Annual administration report of the Civil Veterinary Department of India - 1896-1897
Year: 1896
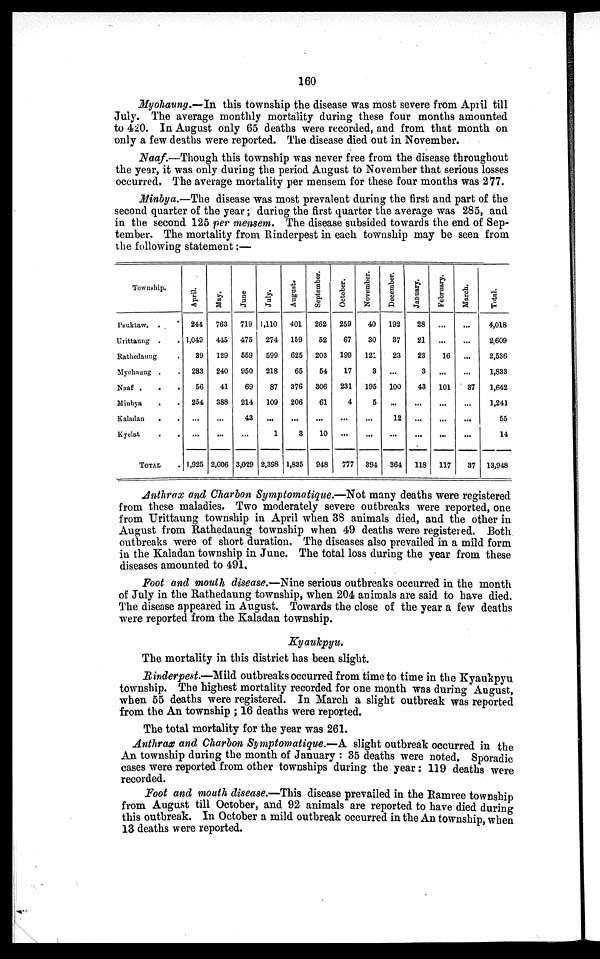
160
Myohaung.—In this township the disease was most severe from April till
July. The average monthly mortality during these four months amounted
to 420. In August only 65 deaths were recorded, and from that month on
only a few deaths were reported. The disease died out in November.
Naaf.—Though this township was never free from the disease throughout
the year, it was only during the period August to November that serious losses
occurred. The average mortality per mensem for these four months was 277.
Minbya.—The disease was most prevalent during the first and part of the
second quarter of the year; during the first quarter the average was 285, and
in the second 125 per mensem. The disease subsided towards the end of Sep-
tember. The mortality from Rinderpest in each township may be seen from
the following statement :—
Township.
Pauktaw. . .
Urittaung . .
Rathedaung .
Myohaung . .
Naaf . . .
Minbya . .
Kaladan
. .
Kyelat
.
.
TOTAL .
April.
244
1,049
39
283
56
254
...
...
1,925
May.
763
445
129
240
41
388
...
...
2,006
June
719
475
559
950
69
214
43
...
3,029
July.
1,110
274
599
218
87
109
...
1
2,398
August.
401
159
625
65
376
206
...
3
1,835
September.
262
52
203
54
306
61
...
10
948
October.
259
67
199
17
231
4
...
...
777
November.
40
30
121
8
195
5
...
...
394
December.
192
37
23
...
100
...
12
...
364
January.
28
21
23
3
43
...
...
...
118
February.
...
...
16
...
101
...
...
...
117
March.
...
...
...
...
37
...
...
...
37
Total.
4,018
2,609
2,536
1,833
1,642
1,241
55
14
13,948
Anthrax and Charbon Symptomatique.—Not many deaths were registered
from these maladies. Two moderately severe outbreaks were reported, one
from Urittaung township in April when 38 animals died, and the other in
August from Rathedaung township when 49 deaths were registered. Both
outbreaks were of short duration. The diseases also prevailed in a mild form
in the Kaladan township in June. The total loss during the year from these
diseases amounted to 491.
Foot and mouth disease.—Nine serious outbreaks occurred in the month
of July in the Rathedaung township, when 204 animals are said to have died.
The disease appeared in August. Towards the close of the year a few deaths
were reported from the Kaladan township.
Kyaukpyu.
The mortality in this district has been slight.
Rinderpest.—Mild outbreaks occurred from time to time in the Kyaukpyu
township. The highest mortality recorded for one month was during August,
when 55 deaths were registered. In March a slight outbreak was reported
from the An township ; 16 deaths were reported.
The total mortality for the year was 261.
Anthrax and Charbon Symptomatique.—A slight outbreak occurred in the
An township during the month of January: 35 deaths were noted. Sporadic
cases were reported from other townships during the year: 119 deaths were
recorded.
Foot and mouth disease.—This disease prevailed in the Ramree township
from August till October, and 92 animals are reported to have died during
this outbreak. In October a mild outbreak occurred in the An township, when
13 deaths were reported.